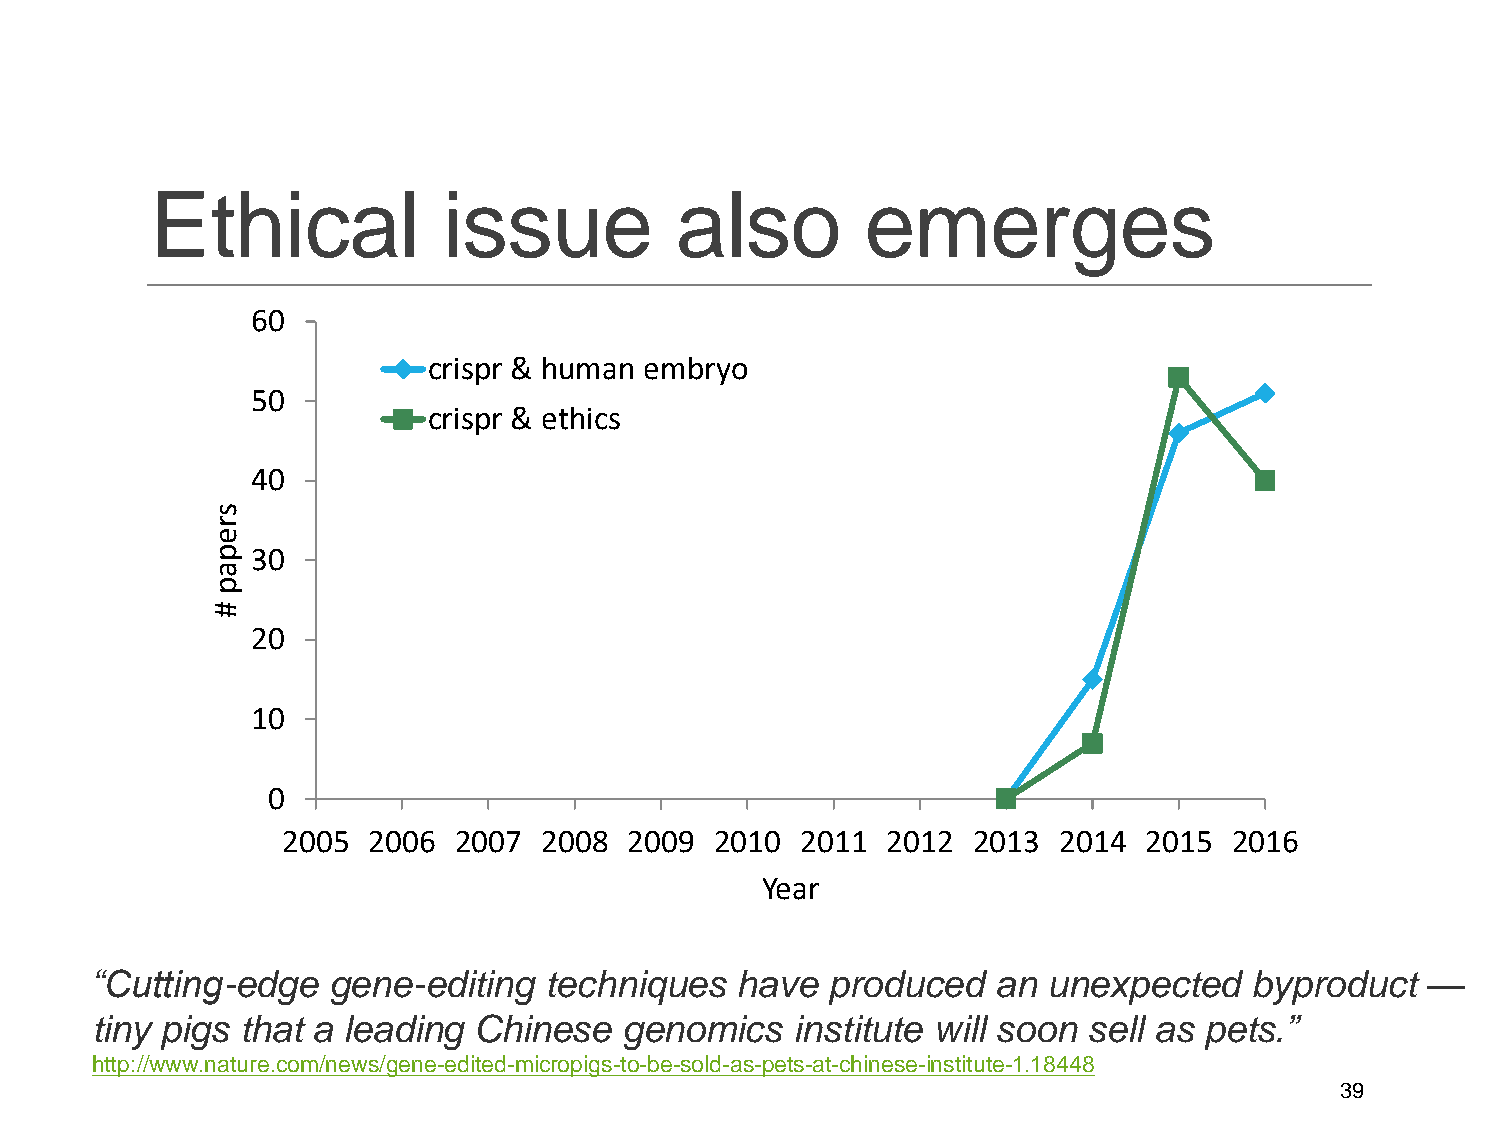
Ethical            issue           also        emerges
 60
 crispr & human embryo
 50
 crispr & ethics
 40
 s
 r
 e
 p  30
 a
 p
 #
 20
 10
 0
 2005 2006  2007  2008  2009 2010  2011  2012 2013  2014  2015  2016
 Year
 “Cutting-edge   gene-editing  techniques   have  produced   an unexpected    byproduct   —
 tiny pigs that a leading Chinese   genomics    institute will soon sell as pets.”
 http://www.nature.com/news/gene-edited-micropigs-to-be-sold-as-pets-at-chinese-institute-1.18448
 39